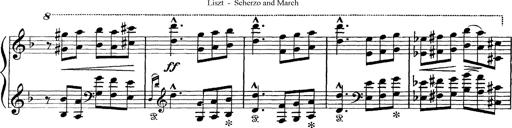
Title: Scherzo und Marsch
Composer: Franz Liszt